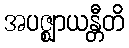
အပဇ္ဈာယန္တီတိ